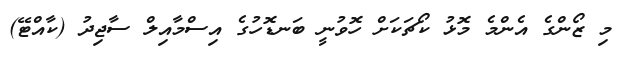
މި ޒޯންގެ އެންމެ މޮޅު ކޯޗަކަށް ހޮވުނީ ބަނޑޮހުގެ އިސްމާއިލް ސާޖިދު (ކާއްޓޭ)